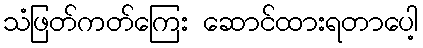
သံဖြတ်ကတ်ကြေး ဆောင်ထားရတာပေါ့